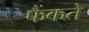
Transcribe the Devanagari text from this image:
फैंकते